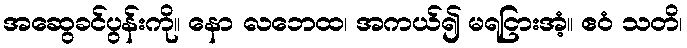
အဆွေခင်ပွန်းကို။ နော လဘေထ၊ အကယ်၍ မရငြားအံ့။ ဧဝံ သတိ၊